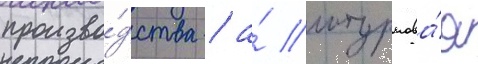
произво́дства / а́ штурмова́я